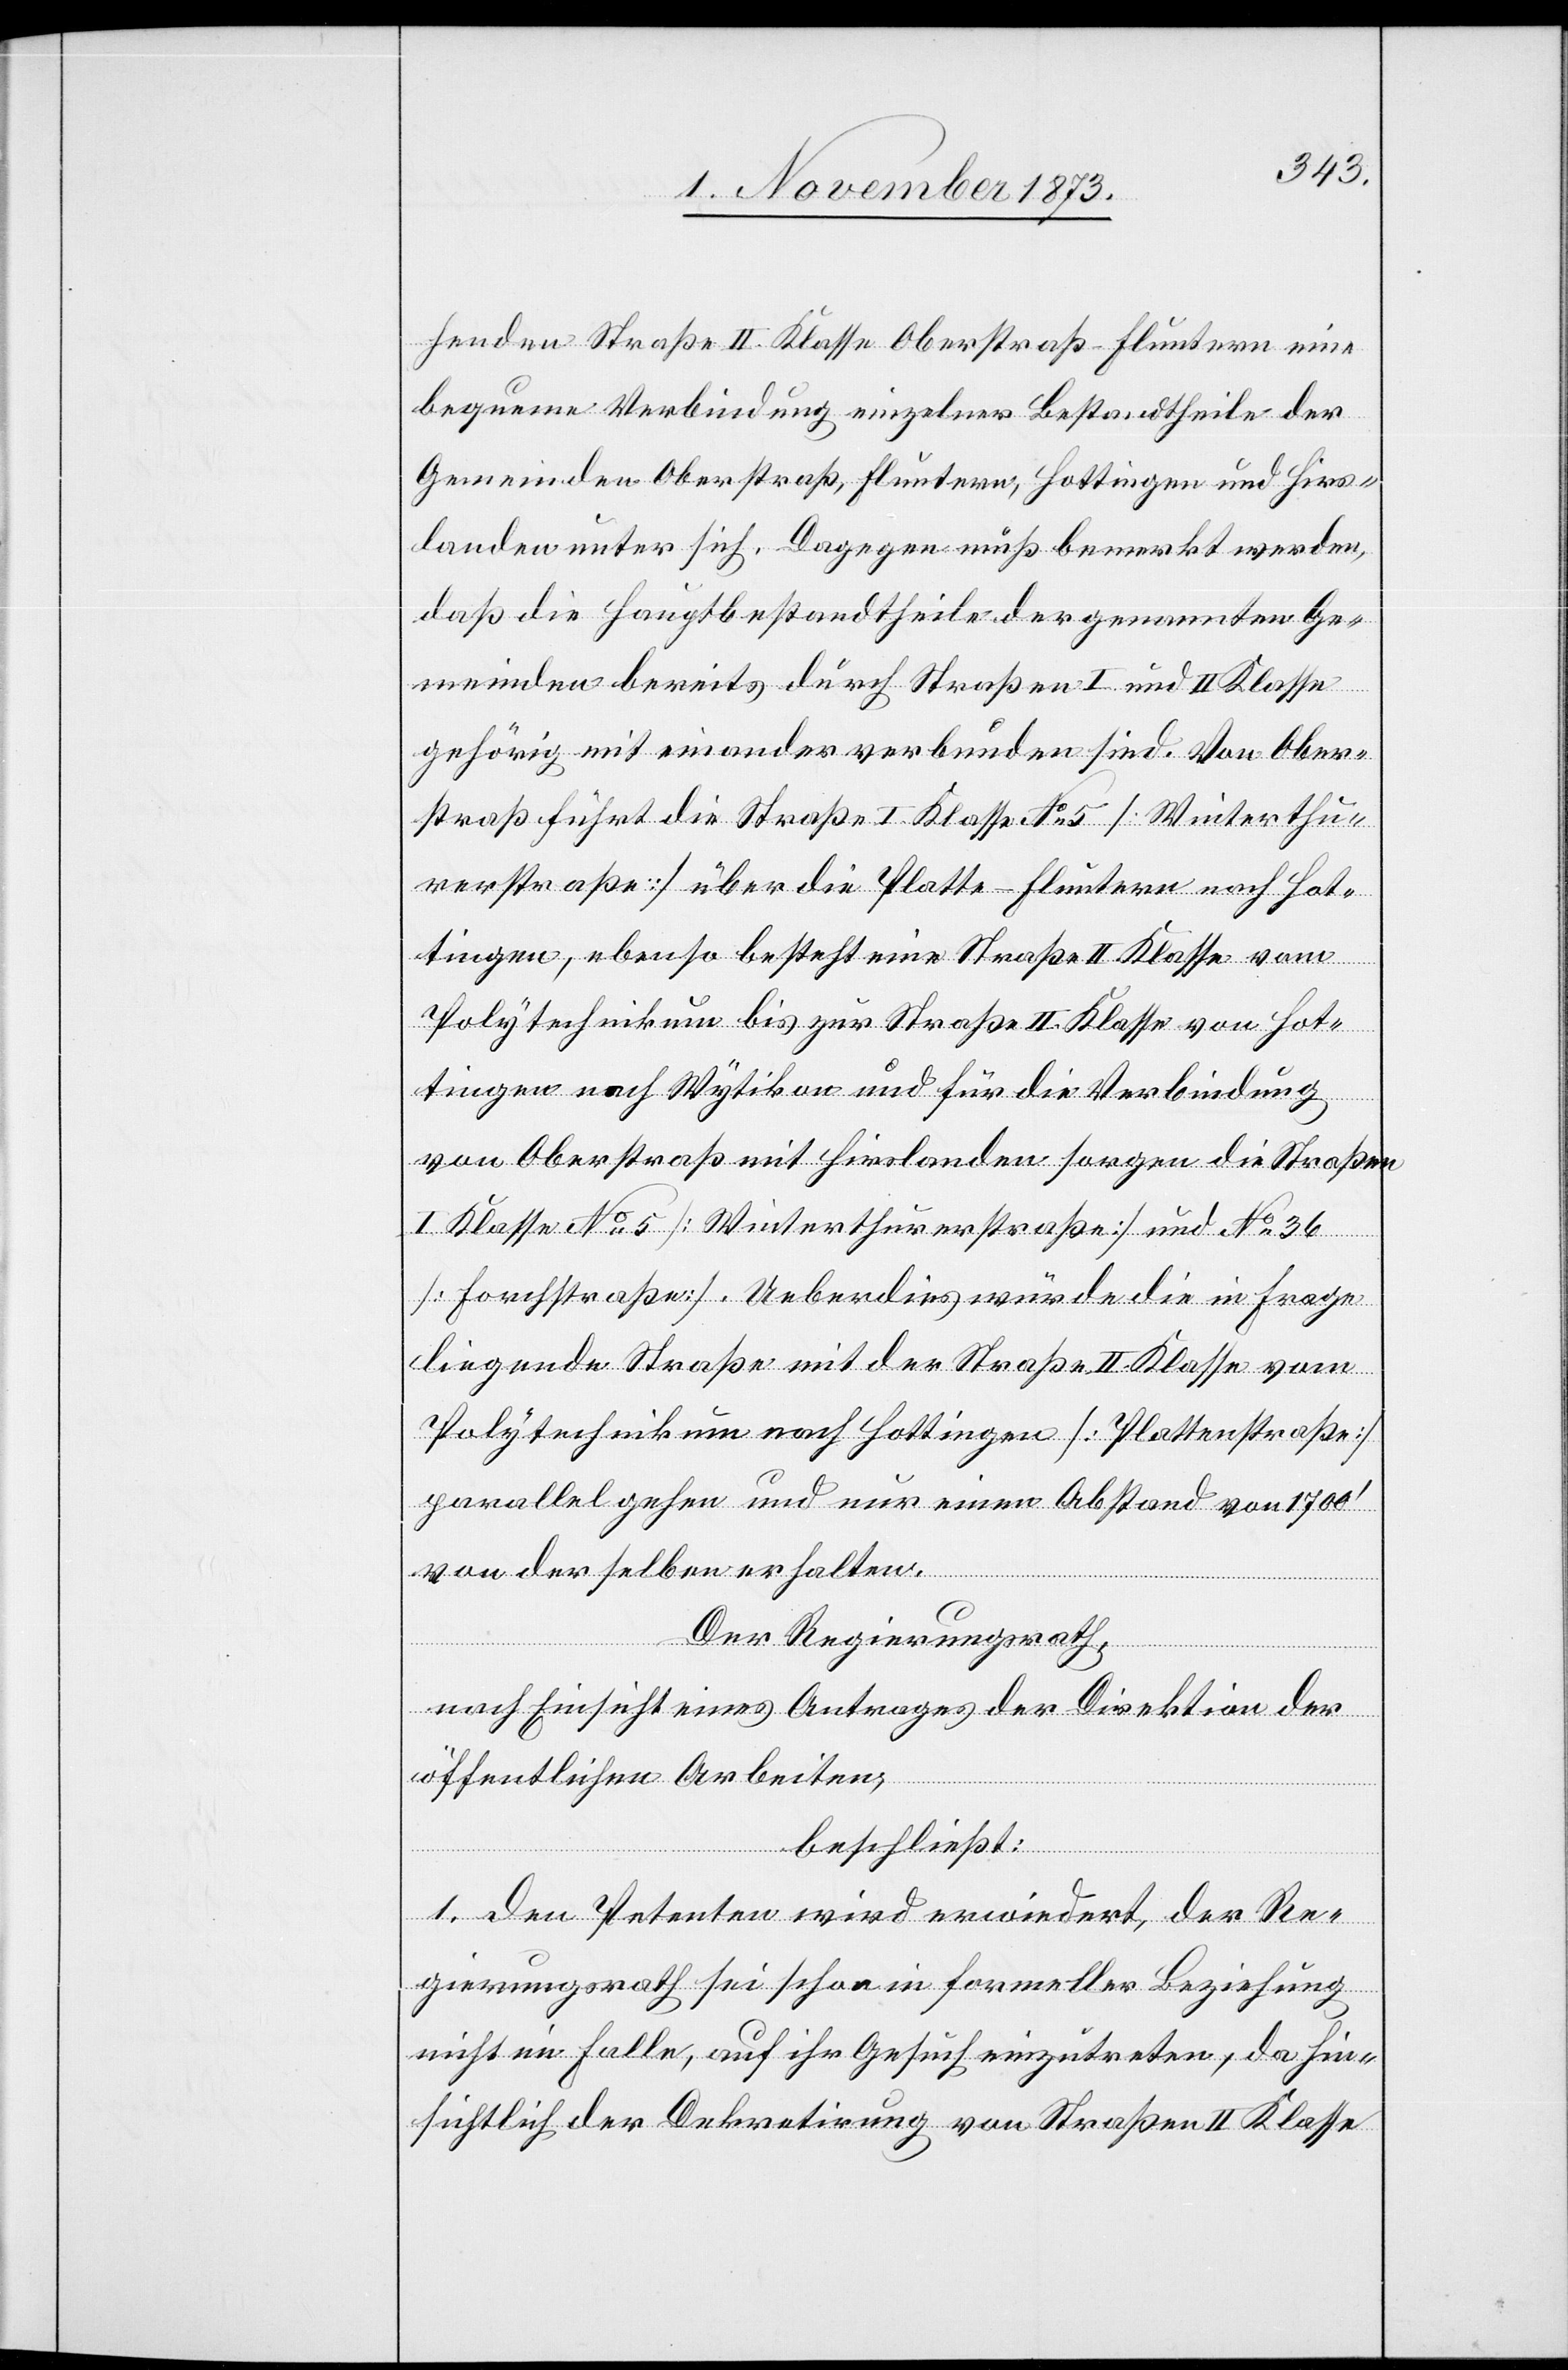
henden Straße II. Klasse Oberstraß–Fluntern eine
bequeme Verbindung einzelner Bestandtheile der
Gemeinden Oberstraß, Fluntern, Hottingen und Hirs¬
landen unter sich. Dagegen muß bemerkt werden,
daß die Hauptbestandtheile der genannten Ge¬
meinden bereits durch Straßen I. und II. Klasse
gehörig mit einander verbunden sind. Von Ober¬
straß führt die Straße I. Klasse No 5 [Winterthu¬
rerstraße] über die Platte - Fluntern nach Hot¬
tingen, ebenso besteht eine Straße II. Klasse vom
Polytechnikum bis zur Straße II. Klasse von Hot¬
tingen nach Wytikon und für die Verbindung
von Oberstraß mit Hirslanden sorgen die Straßen
I. Klasse No 5 [Winterthurerstrasse] und No 36
[Forchstraße]. Ueberdies würde die in Frage
liegende Straße mit der Straße II. Klasse vom
Polytechnikum nach Hottingen [Plattenstraße]
parallel gehen und nur einen Abstand von 1 700‘
von der selben erhalten.
Der Regierungsrath,
nach Einsicht eines Antrages der Direktion der
öffentlichen Arbeiten,
beschließt:
1. Den Petenten wird erwiedert, der Re¬
gierungsrath sei schon in formeller Beziehung
nicht im Falle, auf ihr Gesuch einzutreten, da hin¬
sichtlich der Dekretirung von Straßen II Klasse